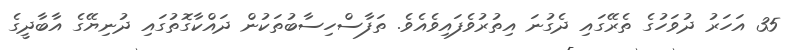
35 އަހަރު ދުވަހުގެ ތެރޭގައި ދެގުނަ އިތުރުވެފައިވެއެވެ. ތަފާސްހިސާބުތަކުން ދައްކާގޮތުގައި ދުނިޔޭގެ އާބާދީގެ